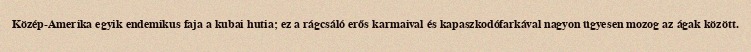
Közép-Amerika egyik endemikus faja a kubai hutia; ez a rágcsáló erős karmaival és kapaszkodófarkával nagyon ügyesen mozog az ágak között.